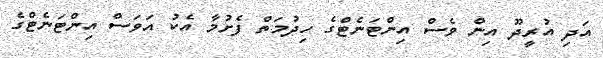
އަދި އުރީދޫ އިން ވެސް އިންޓަނެޓްގެ ހިދުމަތް ފެށުމާ އެކު އަވަސް އިންޓަނެޓްގެ